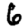
Digit: 6